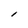
Character: l